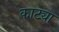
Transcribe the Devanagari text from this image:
काट्या